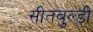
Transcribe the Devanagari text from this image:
सीतबुल्ड़ी